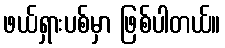
ဖယ်ရှားပစ်မှာ ဖြစ်ပါတယ်။